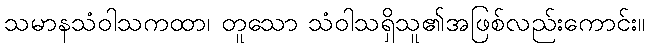
သမာနသံဝါသကထာ၊ တူသော သံဝါသရှိသူ၏အဖြစ်လည်းကောင်း။